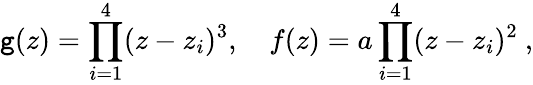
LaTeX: \mathtt{g}(z)=\prod_{i=1}^{4}(z-z_{i})^{3},~~~~f(z)=a\prod_{i=1}^{4}(z-z_{i})^{2}\ ,